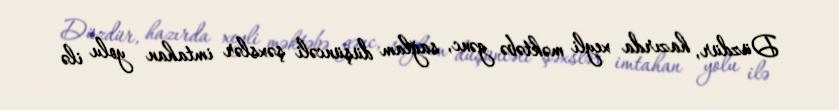
Düzdür, hazırda xeyli məktəbə gənc, sağlam düşüncəli şəxslər imtahan yolu ilə